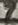
Text: 7